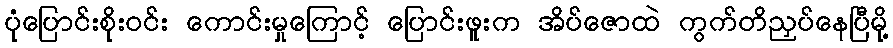
ပုံပြောင်းစိုးဝင်း ကောင်းမှုကြောင့် ပြောင်းဖူးက အိပ်ဇောထဲ ကွက်တိညှပ်နေပြီမို့